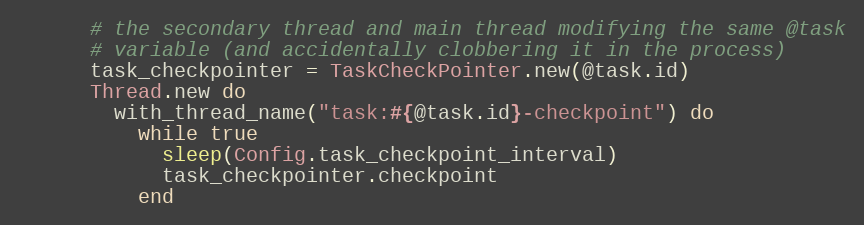
Language: Ruby
      # the secondary thread and main thread modifying the same @task
      # variable (and accidentally clobbering it in the process)
      task_checkpointer = TaskCheckPointer.new(@task.id)
      Thread.new do
        with_thread_name("task:#{@task.id}-checkpoint") do
          while true
            sleep(Config.task_checkpoint_interval)
            task_checkpointer.checkpoint
          end